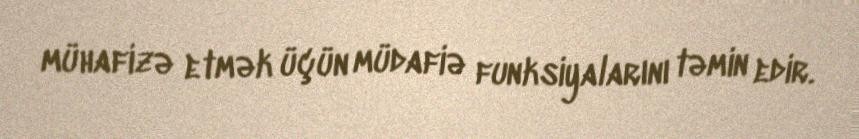
mühafizə etmək üçün müdafiə funksiyalarını təmin edir.